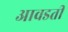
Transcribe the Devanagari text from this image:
आवडतीं